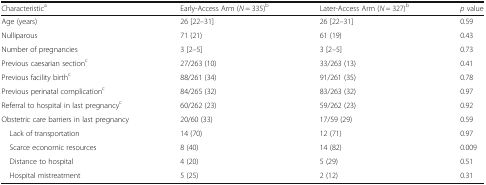
| Characteristica | Early-Access Arm (N = 335)b | Later-Access Arm (N = 327)b | p value |
 | --- | --- | --- | --- |
 | Age (years) | 26 [22–31] | 26 [22–31] | 0.59 |
 | Nulliparous | 71 (21) | 61 (19) | 0.43 |
 | Number of pregnancies | 3 [2–5] | 3 [2–5] | 0.73 |
 | Previous caesarian sectionc | 27/263 (10) | 33/263 (13) | 0.41 |
 | Previous facility birthc | 88/261 (34) | 91/261 (35) | 0.78 |
 | Previous perinatal complicationc | 84/265 (32) | 83/263 (32) | 0.97 |
 | Referral to hospital in last pregnancyc | 60/262 (23) | 59/262 (23) | 0.92 |
 | Obstetric care barriers in last pregnancy | 20/60 (33) | 17/59 (29) | 0.59 |
 | Lack of transportation | 14 (70) | 12 (71) | 0.97 |
 | Scarce economic resources | 8 (40) | 14 (82) | 0.009 |
 | Distance to hospital | 4 (20) | 5 (29) | 0.51 |
 | Hospital mistreatment | 5 (25) | 2 (12) | 0.31 |